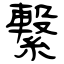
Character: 繋